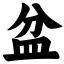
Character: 盆